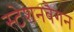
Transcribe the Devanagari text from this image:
स्टेशनवैगन